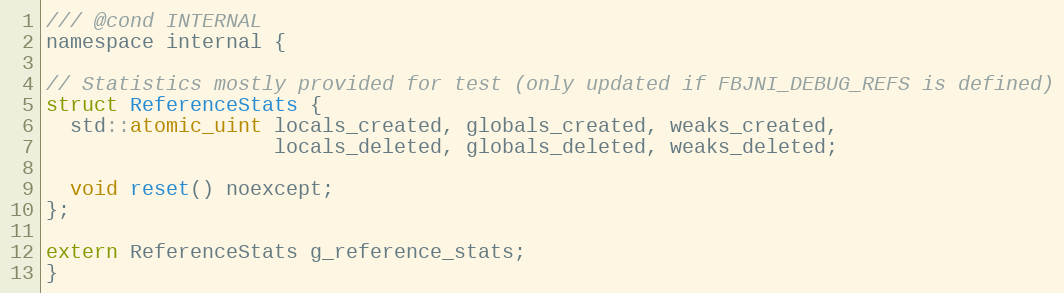
Language: C
/// @cond INTERNAL
namespace internal {

// Statistics mostly provided for test (only updated if FBJNI_DEBUG_REFS is defined)
struct ReferenceStats {
  std::atomic_uint locals_created, globals_created, weaks_created,
                   locals_deleted, globals_deleted, weaks_deleted;

  void reset() noexcept;
};

extern ReferenceStats g_reference_stats;
}